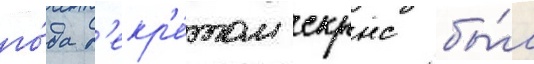
го́да д'екр'е́том скрнс бы́л